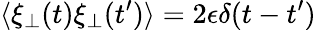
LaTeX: \langle\xi_{\perp}(t)\xi_{\perp}(t^{\prime})\rangle=2\epsilon\delta(t-t^{\prime})